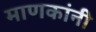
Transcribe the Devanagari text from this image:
माणकांनी